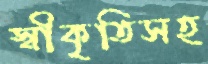
স্বীকৃতিসহ